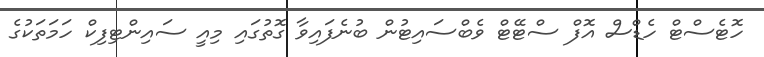
ހޮޓެސްޓް ހެޑްސް އޮފް ސްޓޭޓް ވެބްސައިޓުން ބުނެފައިވާ ގޮތުގައި މިއީ ސައިންޓިފިކް ހަމަތަކުގެ